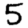
Digit: 5